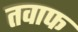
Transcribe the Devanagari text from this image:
तवाफ